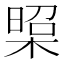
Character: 𭫁